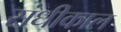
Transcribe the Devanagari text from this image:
संधीकाल